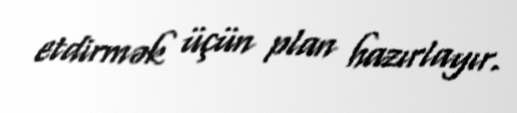
etdirmək üçün plan hazırlayır.